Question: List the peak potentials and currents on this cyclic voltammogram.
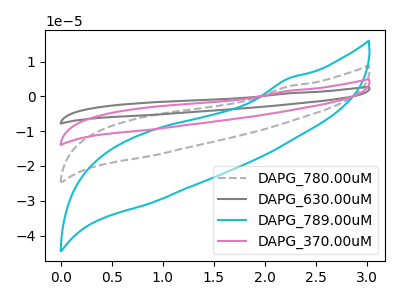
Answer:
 <answer>The gray dashed curve "DAPG_780.00uM" has no peaks. The gray curve "DAPG_630.00uM" has no peaks. The cyan curve "DAPG_789.00uM" has no peaks. The pink curve "DAPG_370.00uM" has no peaks.</answer>
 <eval></eval>